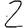
Digit: 2